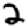
Digit: 2